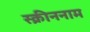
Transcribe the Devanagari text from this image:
स्क्रीननाम